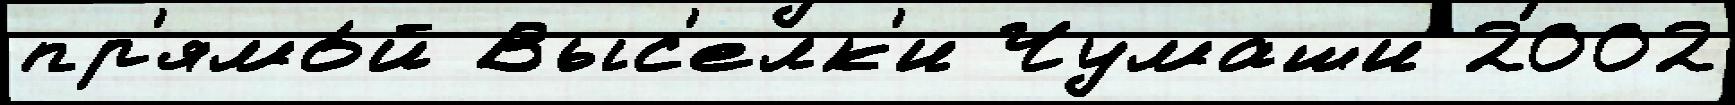
пр'ямо́й Выс'елк'и Чумаши 2002